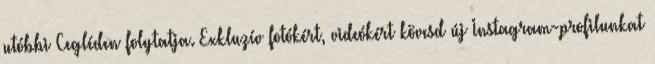
utóbbi Cegléden folytatja. Exkluzív fotókért, videókért kövesd új Instagram-profilunkat